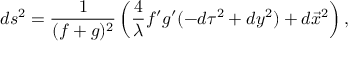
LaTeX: d s ^ { 2 } = \frac { 1 } { ( f + g ) ^ { 2 } } \left( \frac { 4 } { \lambda } f ^ { \prime } g ^ { \prime } ( - d \tau ^ { 2 } + d y ^ { 2 } ) + d \vec { x } ^ { 2 } \right) ,